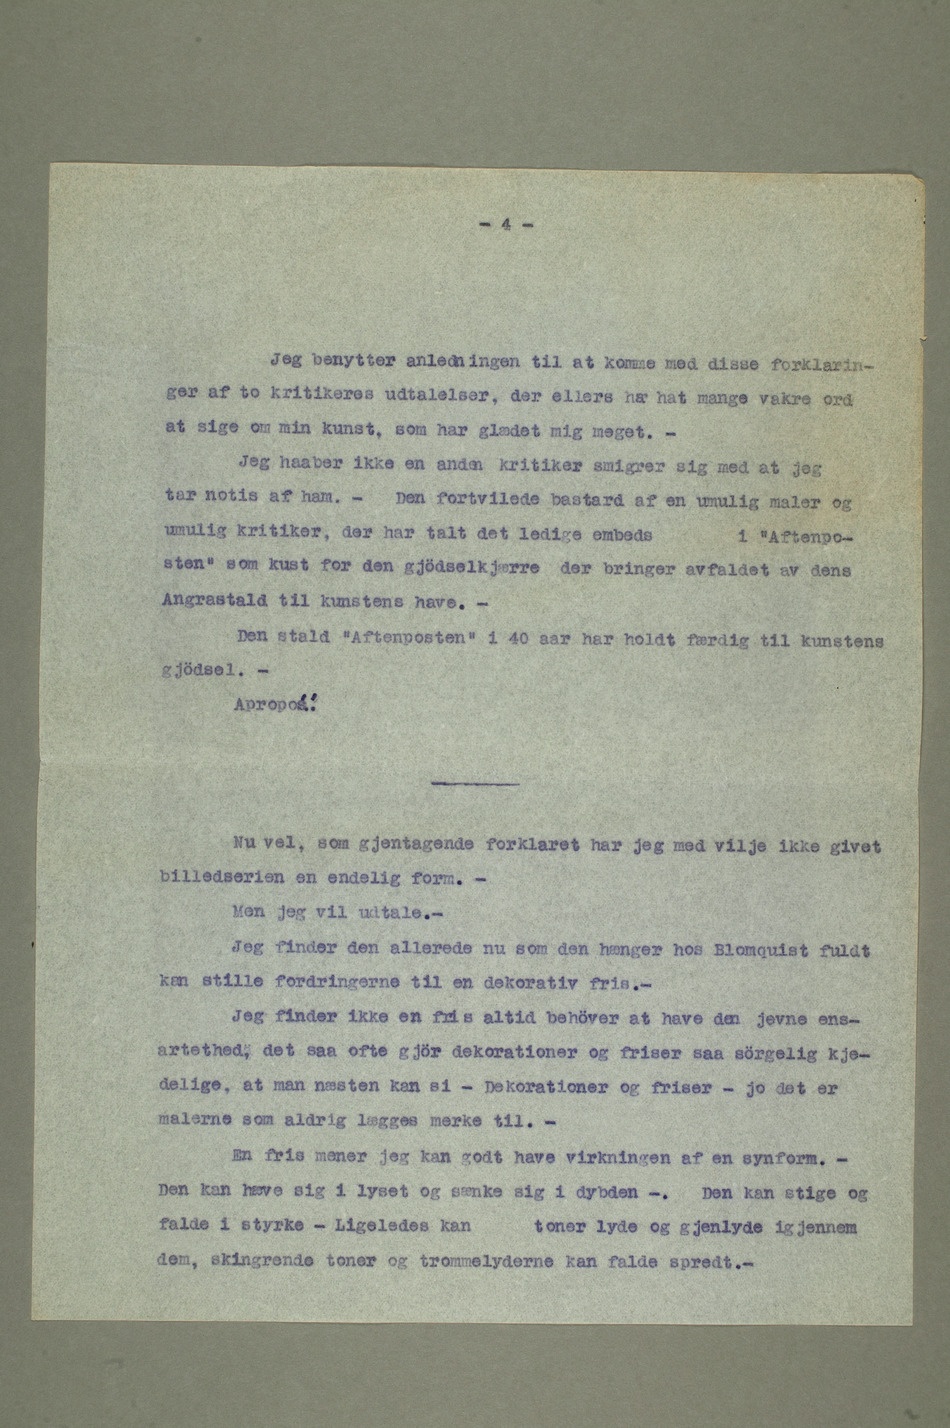
– Jeg benytter anledningen til at komme med disse forklarin-
ger af to kritikeres udtalelser, der ellers har hat mange vakre ord
at sige om min kunst, som har glædet mig meget.
– Jeg haaber ikke en anden kritiker smigrer sig med at jeg
tar notis af ham. – Den fortvilede bastard af en umulig maler og
umulig kritiker, der har talt det ledige embedsi «Aftenpo-
sten» som kust for den gjödselkjærre der bringer avfaldet av dens
Angrastald til kunstens have.
– Den stald «Aftenposten» i 40 aar har holdt færdig til kunstens
gjödsel.
Nu vel, som gjentagende forklaret har jeg med vilje ikke givet
billedserien en endelig form.
– Men jeg vil udtale.
– Jeg finder den allerede nu som den hænger hos Blomquist fuldt
kan stille fordringerne til en dekorativ fris.
– Jeg finder ikke en fris altid behöver at have den jevne ens-
artethed, det saa ofte gjör dekorationer og friser saa sörgelig kje-
delige, at man næsten kan si – Dekorationer og friser – jo det er
malerne som aldrig lægges merke til.
– En fris mener jeg kan godt have virkningen av en synform.
– Den kan hæve sig i lyset og sænke sig i dybden –. Den kan stige og
falde i styrke – Ligeledes kantoner lyde og gjenlyde gjennem
dem, skingrende toner og trommelyderne kan falde spredt. –